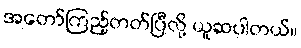
အတော်ကြည့်တတ်ပြီလို့ ယူဆပါတယ်။